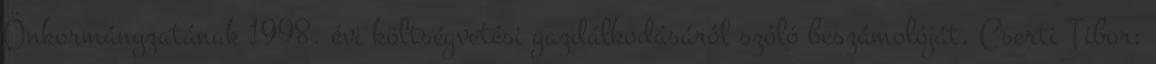
Önkormányzatának 1998. évi költségvetési gazdálkodásáról szóló beszámolóját. Cserti Tibor: